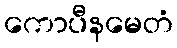
ကောပီနမေတံ